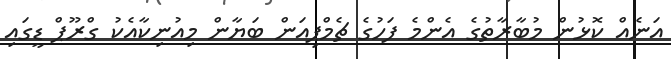
އަނެއް ކޮޅުން މުބާރާތުގެ އެންމެ ފަހުގެ ޗެމްޕިއަން ބަޔާން މިއުނިކާއެކު ގްރޫޕް ޑީގައި